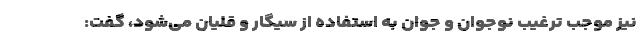
نیز موجب ترغیب نوجوان و جوان به استفاده از سیگار و قلیان می‌شود، گفت: